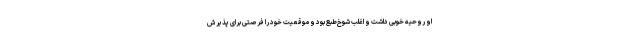
او روحیه خوبی داشت و اغلب شوخ‌طبع بود و موقعیت خود را فرصتی برای پذیرش